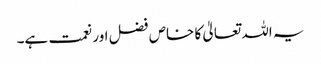
یہ اللہ تعالیٰ کا خاص فضل اور نعمت ہے۔